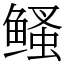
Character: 鳋